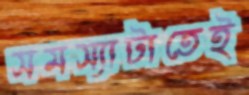
সমস্যাটাতেই